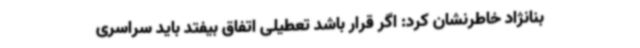
بنانژاد خاطرنشان کرد: اگر قرار باشد تعطیلی اتفاق بیفتد باید سراسری